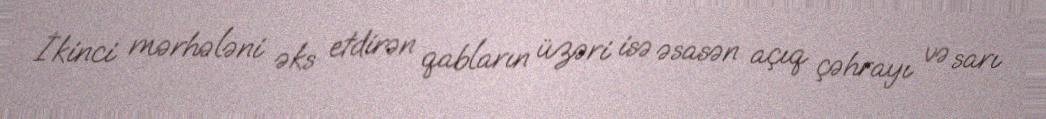
İkinci mərhələni əks etdirən qabların üzəri isə əsasən açıq çəhrayı və sarı